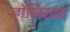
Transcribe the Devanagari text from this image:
हॉलिस्टर